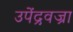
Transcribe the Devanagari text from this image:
उपेंद्रवज्रा